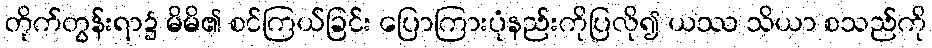
တိုက်တွန်းရာ၌ မိမိ၏ စင်ကြယ်ခြင်း ပြောကြားပုံနည်းကိုပြလို၍ ယဿ သိယာ စသည်ကို